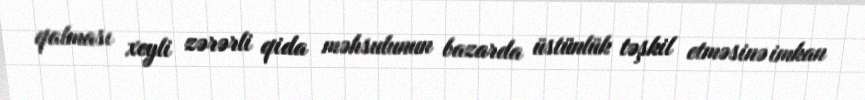
qalması xeyli zərərli qida məhsulunun bazarda üstünlük təşkil etməsinə imkan